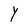
Character: Y